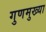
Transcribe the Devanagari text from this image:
गुणमुख्या